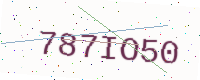
Text: 787IO50